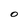
Character: O